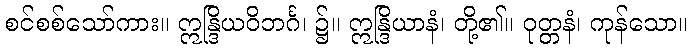
စင်စစ်သော်ကား။ ဣန္ဒြိယဝိဘင်္ဂ၊ ၌။ ဣန္ဒြိယာနံ၊ တို့၏။ ဝုတ္တနံ၊ ကုန်သော။